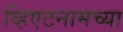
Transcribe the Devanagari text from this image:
व्हिएटनामच्या